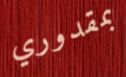
بمقدوري